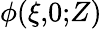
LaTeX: \phi(\xi,\! 0;\! Z)